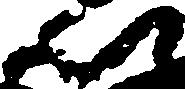
以